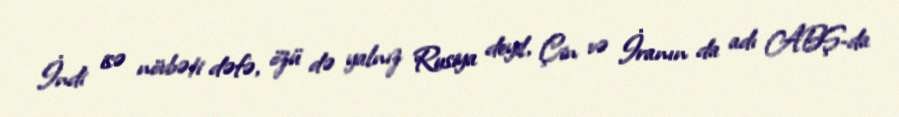
İndi isə növbəti dəfə, özü də yalnız Rusiya deyil, Çin və İranın da adı ABŞ-da